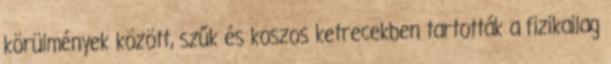
körülmények között, szűk és koszos ketrecekben tartották a fizikailag